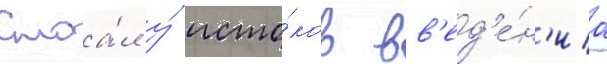
Стоа́л у́ исто́ков вв'ед'е́н'иа